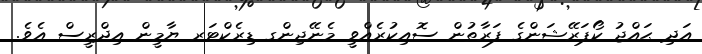
އަދި ޙައްޖު ކޯޕަރޭޝަންގެ ފަރާތުން ސޮއިކުރެއްވީ މެނޭޖިންގ ޑިރެކްޓަރ ޔާމީން އިދްރީސް އެވެ.